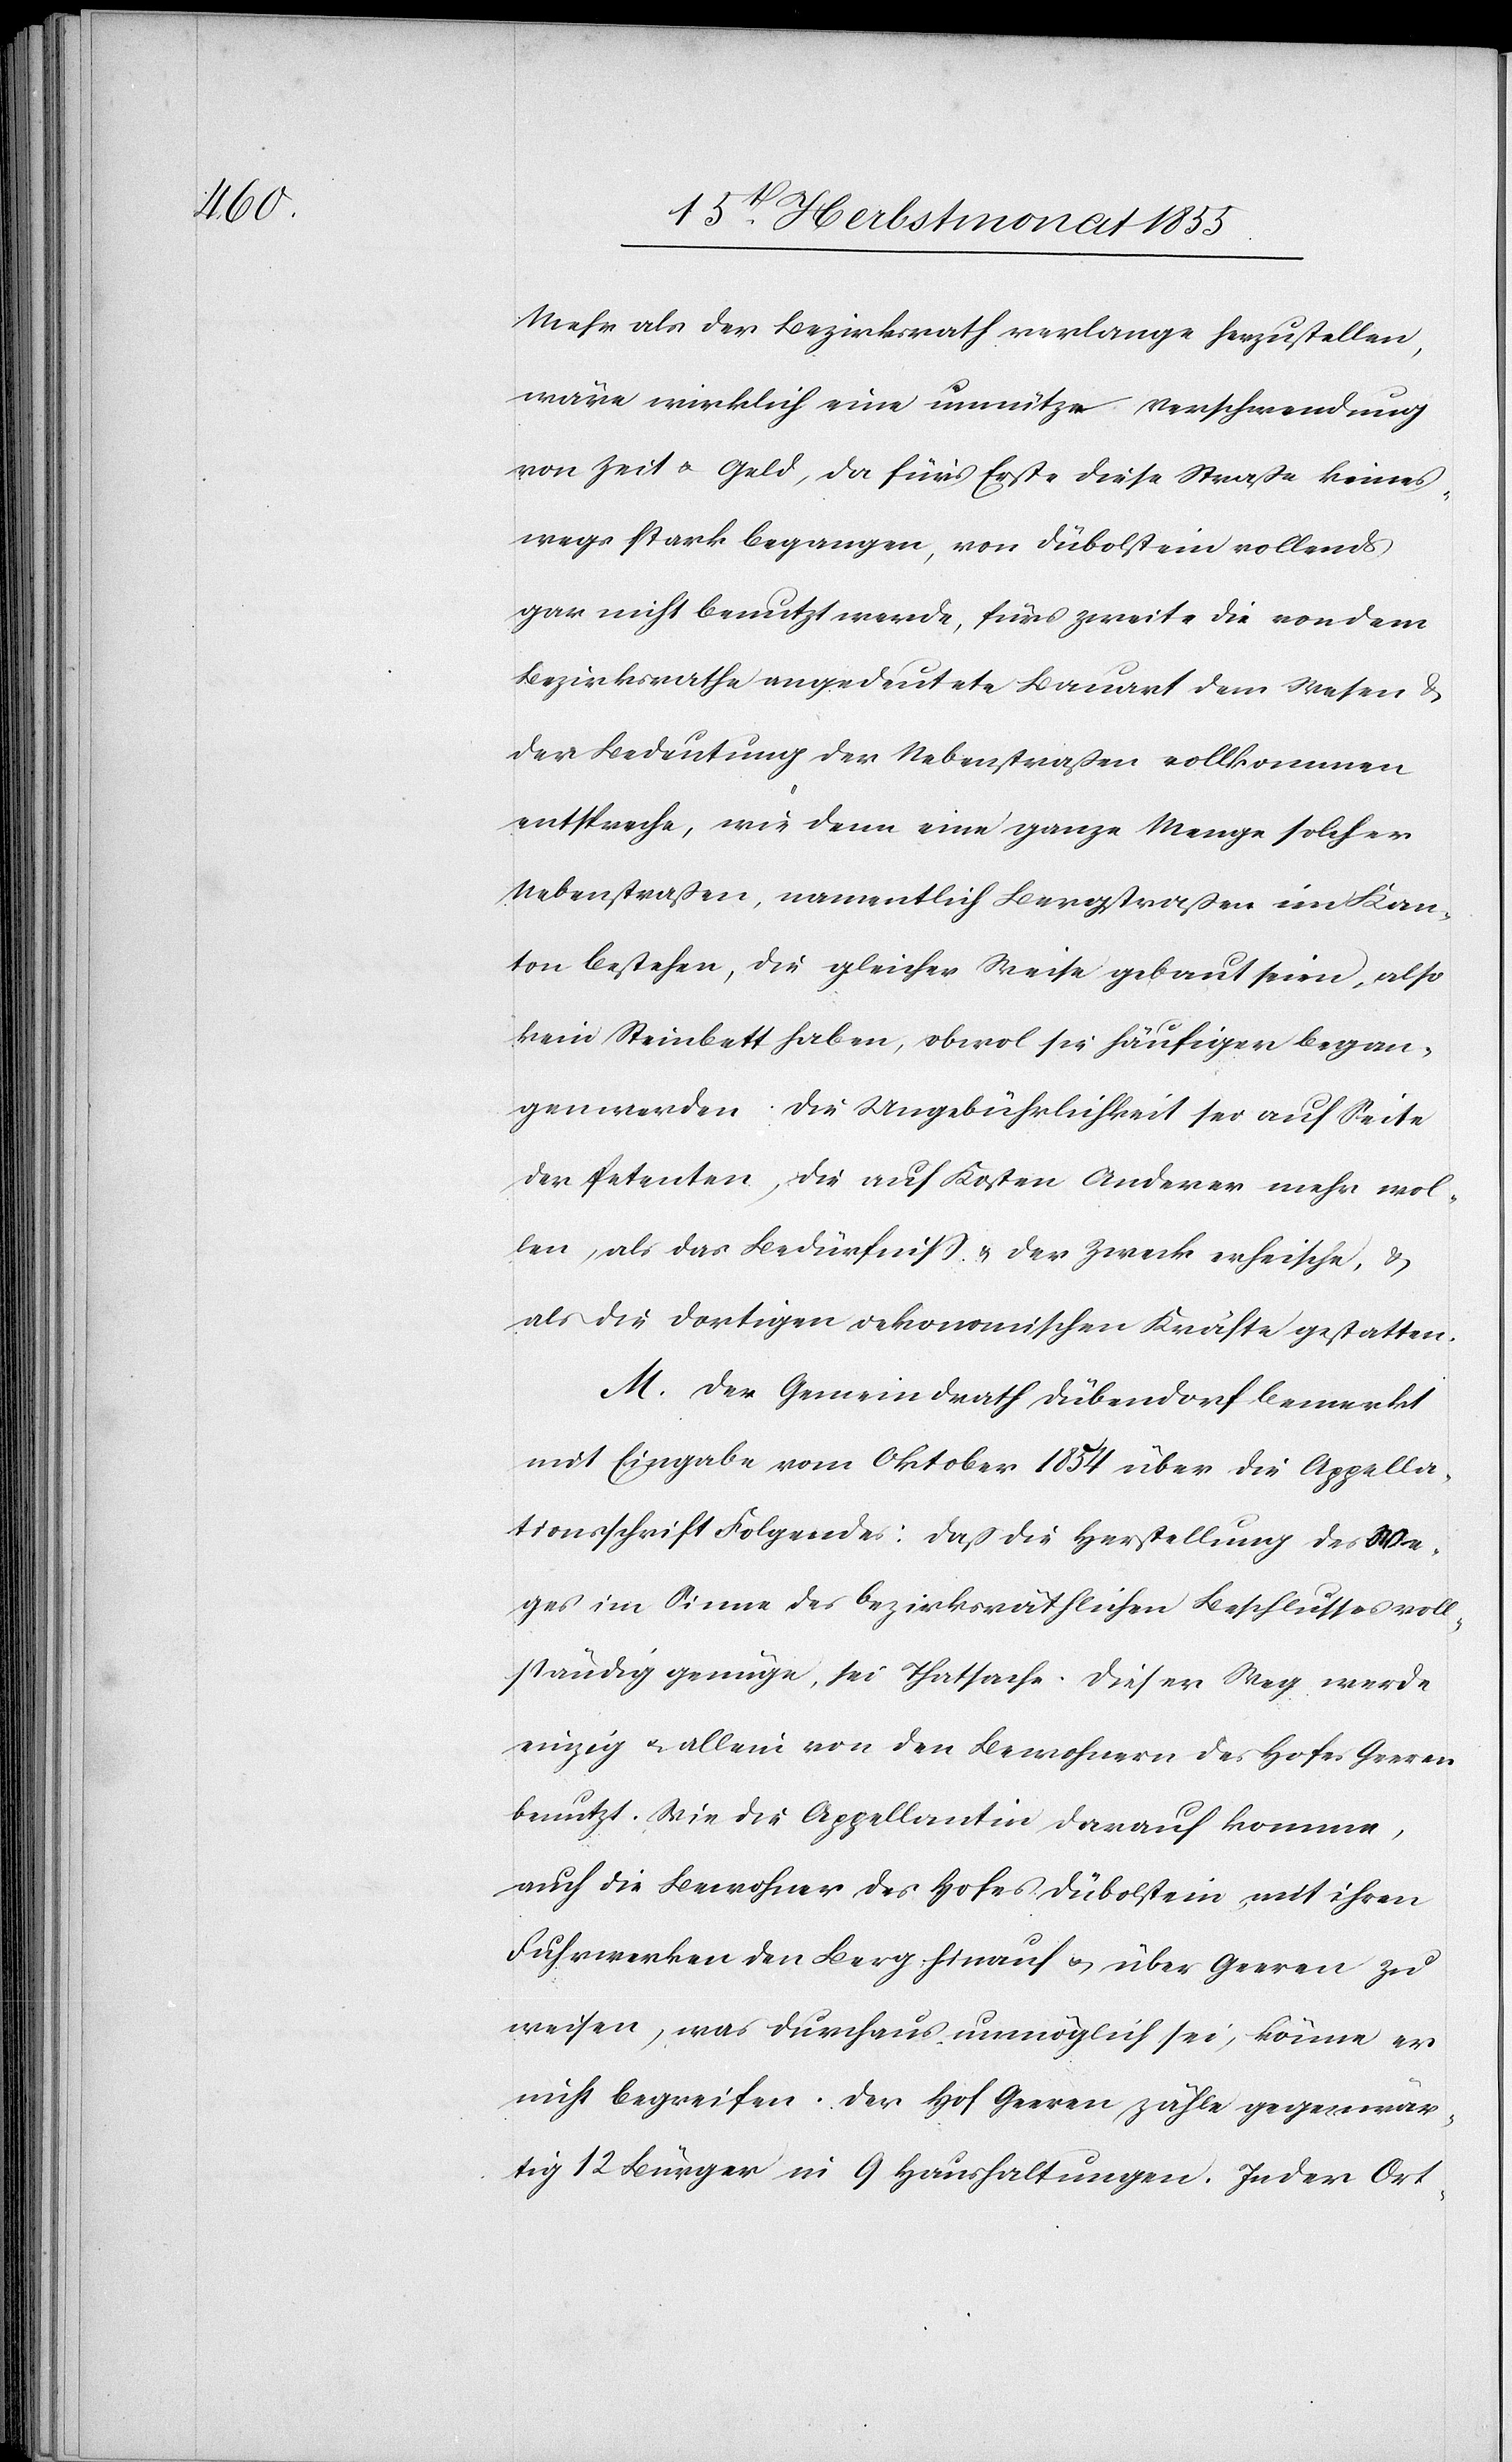
Mehr als der Bezirksrath verlange herzustellen,
wäre wirklich eine unnütze Verschwendung
von Zeit & Geld, da für’s Erste diese Straße keines¬
wegs stark begangen, von Dübolstein vollends
gar nicht benutzt werde, fürs zweite die von dem
Bezirksrathe angedeutete Bauart dem Wesen &
der Bedeutung der Nebenstraßen vollkommen
entspreche, wie denn eine ganze Menge solcher
Nebenstraßen, namentlich Bergstraßen im Kan¬
ton bestehen, die gleicher Weise gebaut seien, also
kein Steinbett haben, obwol sie häufiger began¬
gen werden. Die Ungebührlichkeit sei auf Seite
der Petenten, die auf Kosten Anderer mehr wol¬
len, als das Bedürfniß & der Zweck erheische, &
als die dortigen oekonomischen Kräfte gestatten.
M. Der Gemeindrath Dübendorf bemerkt
mit Eingabe vom Oktober 1854 über die Appella¬
tionsschrift Folgendes: Daß die Herstellung des We¬
ges im Sinne des bezirksräthlichen Beschlusses voll¬
ständig genüge, sei Thatsache. Dieser Weg werde
einzig & allein von den Bewohnern des Hofes Geeren
benutzt. Wie die Appellantin darauf komme,
auch die Bewohner des Hofes Dübolstein mit ihren
Fuhrwerken den Berg hinauf & über Geeren zu
weisen, was durchaus unmöglich sei, könne er
nicht begreifen. Der Hof Geeren zähle gegenwär¬
tig 12 Bürger in 9 Haushaltungen. In der Ort-